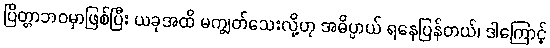
ပြိတ္တာဘဝမှာဖြစ်ပြီး ယခုအထိ မကျွတ်သေးလို့ဟု အဓိပ္ပာယ် ရနေပြန်တယ်၊ ဒါကြောင့်